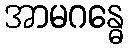
အာမဂန္ဓေ